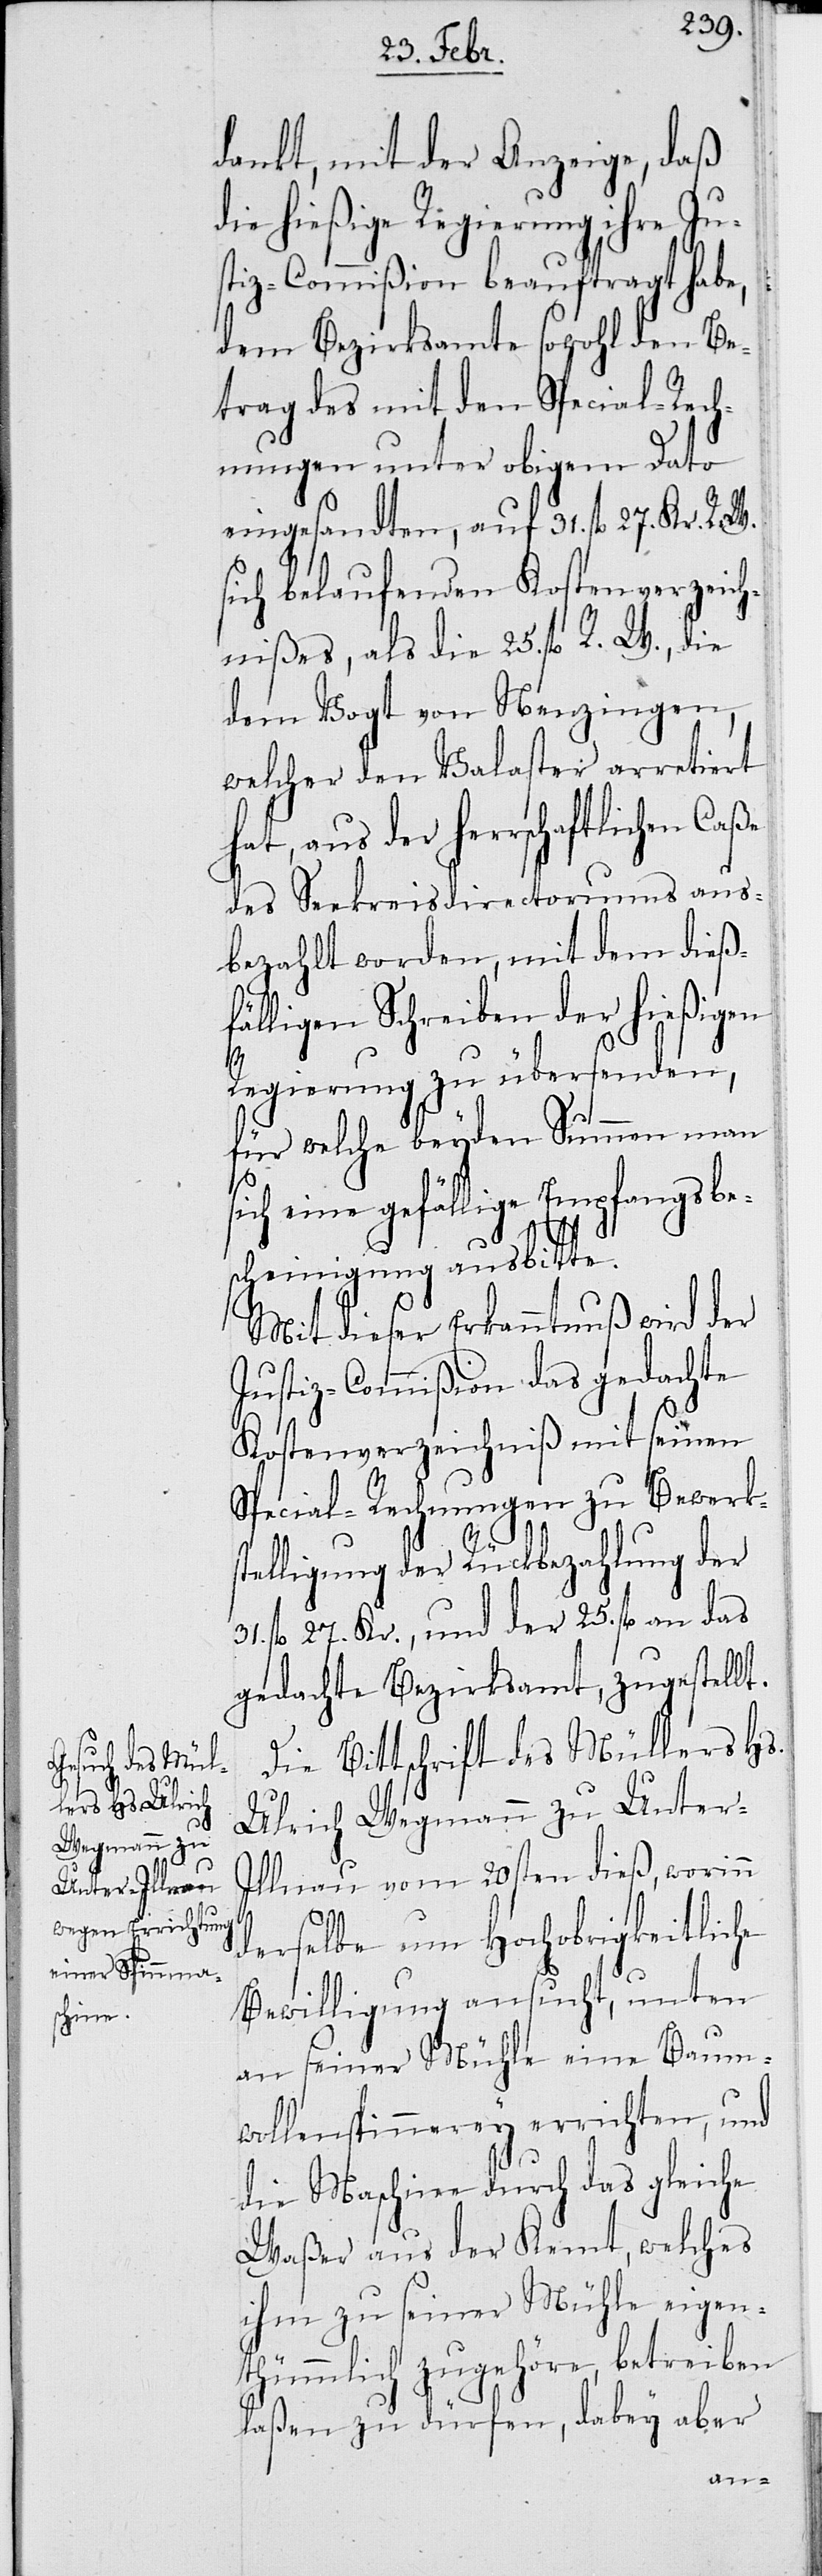
dankt, mit der Anzeige, daß
die hießige Regierung ihre Ju¬
stiz-Commißion beauftragt habe,
dem Bezirksamt sowohl den Be¬
trag des mit den Special-Rech¬
nungen unter obigem Dato
eingesandten, auf 31. fl. 27. Kr. R.
sich belaufenden Kostenverzeich¬
nißes, als die 25. fl. R. W., die
dem Vogt von Nenzingen,
welcher den Valaster arretiert
hat, aus der herrschaftlichen Caße
des Seekreisdirectoriums aus¬
bezahlt worden, mit dem dieß¬
fälligen Schreiben der hießigen
Regierung zu übersenden,
für welche beyden Summen man
sich eine gefällige Empfangsbe¬
31.
scheinigung ausbitte.
Mit dieser Erkanntnuß wird der
Justiz-Commißion das gedachte
Kostenverzeichniß mit seinen
Special-Rechnungen zu Bewerk¬
stelligung der Rückbezahlung der
fl. 27. Kr., und der 25. fl. an das
gedachte Bezirksamt, zugestellt.
Die Bittschrift des Müllers Hs.
Ulrich Wegmann zu Unter-I¬
llnau vom 20sten dieß, worinn
derselbe um Hochobrigkeitliche
Bewilligung ansucht, unten
an seiner Mühle eine Baum¬
wollspinnerey errichten, und
die Maschine durch das gleiche
Waßer aus der Kemt, welches
ihm zu seiner Mühle eigen¬
thümmlich zugehöre, betreiben
laßen zu dürfen, dabey aber